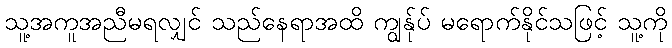
သူ့အကူအညီမရလျှင် သည်နေရာအထိ ကျွန်ုပ် မရောက်နိုင်သဖြင့် သူ့ကို